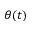
\theta ( t )